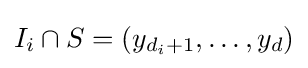
I_{i}\cap S=(y_{d_{i}+1},\dots ,y_{d})